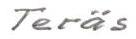
Teräs